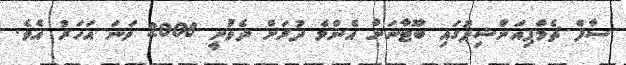
ސާފް ޗެމްޕިއަންޝިޕުގައި ބޫޓާނަށް އެންމެ ދުރަށް ދެވުނީ 2008 ވަނަ އަހަރު އެވެ.